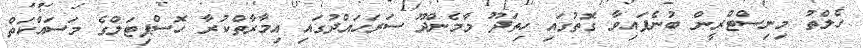
ހެލްތު މިނިސްޓްރީން ބުނެފައިވާ ގޮތުގައި ހިތަދޫ މާމެންދޫ ސަރަހައްދުގައި އިމާރާތްކުރާ ހޮސްޕިޓަލްގެ މަސައްކަތް